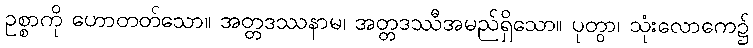
ဥစ္စာကို ဟောတတ်သော။ အတ္တဒဿနာမ၊ အတ္တဒဿီအမည်ရှိသော။ ပုတွာ၊ သုံးလောကေ၌